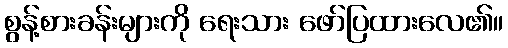
စွန့်စားခန်းများကို ရေးသား ဖော်ပြထားလေ၏။